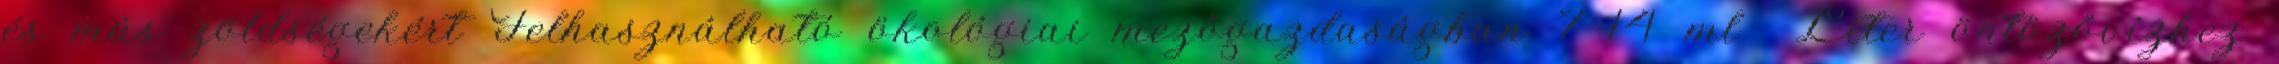
és más zöldségekért Felhasználható ökológiai mezőgazdaságban 7-14 ml Liter öntözővízhez